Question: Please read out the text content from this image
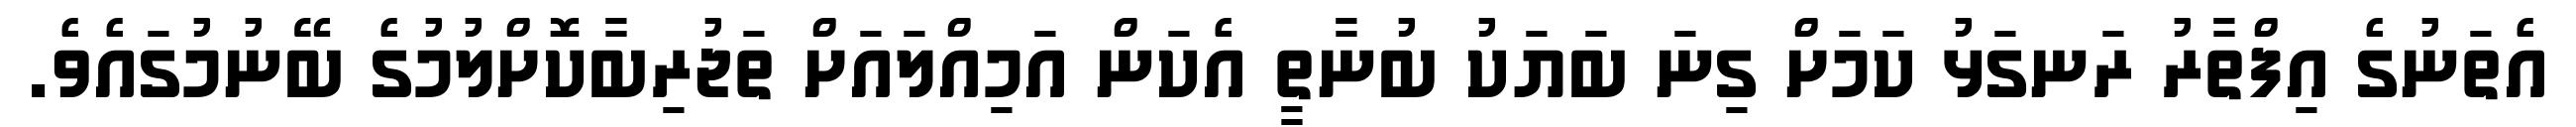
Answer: އެތަނުގެ އިފްތާރު ރަނގަޅު ކަމަށް ގިނަ ބަޔަކު ބުނާތީ އެކަން އަމިއްލައަށް ތަޖުރިބާކޮށްލުމުގެ ބޭނުމުގައެވެ.